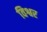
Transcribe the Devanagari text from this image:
विश्वर